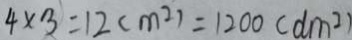
4 \times 3 = 1 2 ( m ^ { 2 } ) = 1 2 0 0 ( d m ^ { 2 } )